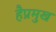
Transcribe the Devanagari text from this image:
हैप्रमुख